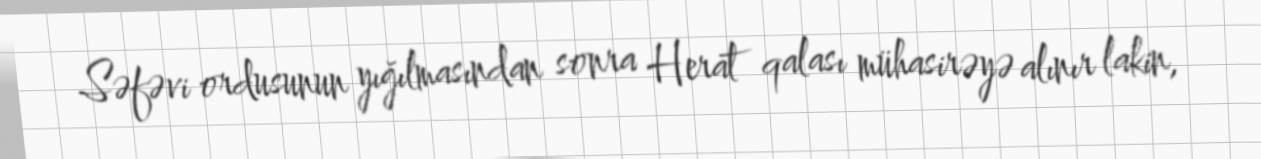
Səfəvi ordusunun yığılmasından sonra Herat qalası mühasirəyə alınır lakin,